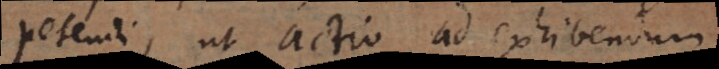
petendi, ut actio ad exhibendum